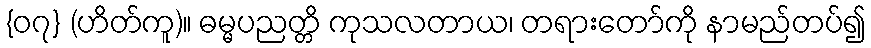
{၀၇} (ဟိတ်ကူ)။ ဓမ္မပညတ္တိ ကုသလတာယ၊ တရားတော်ကို နာမည်တပ်၍